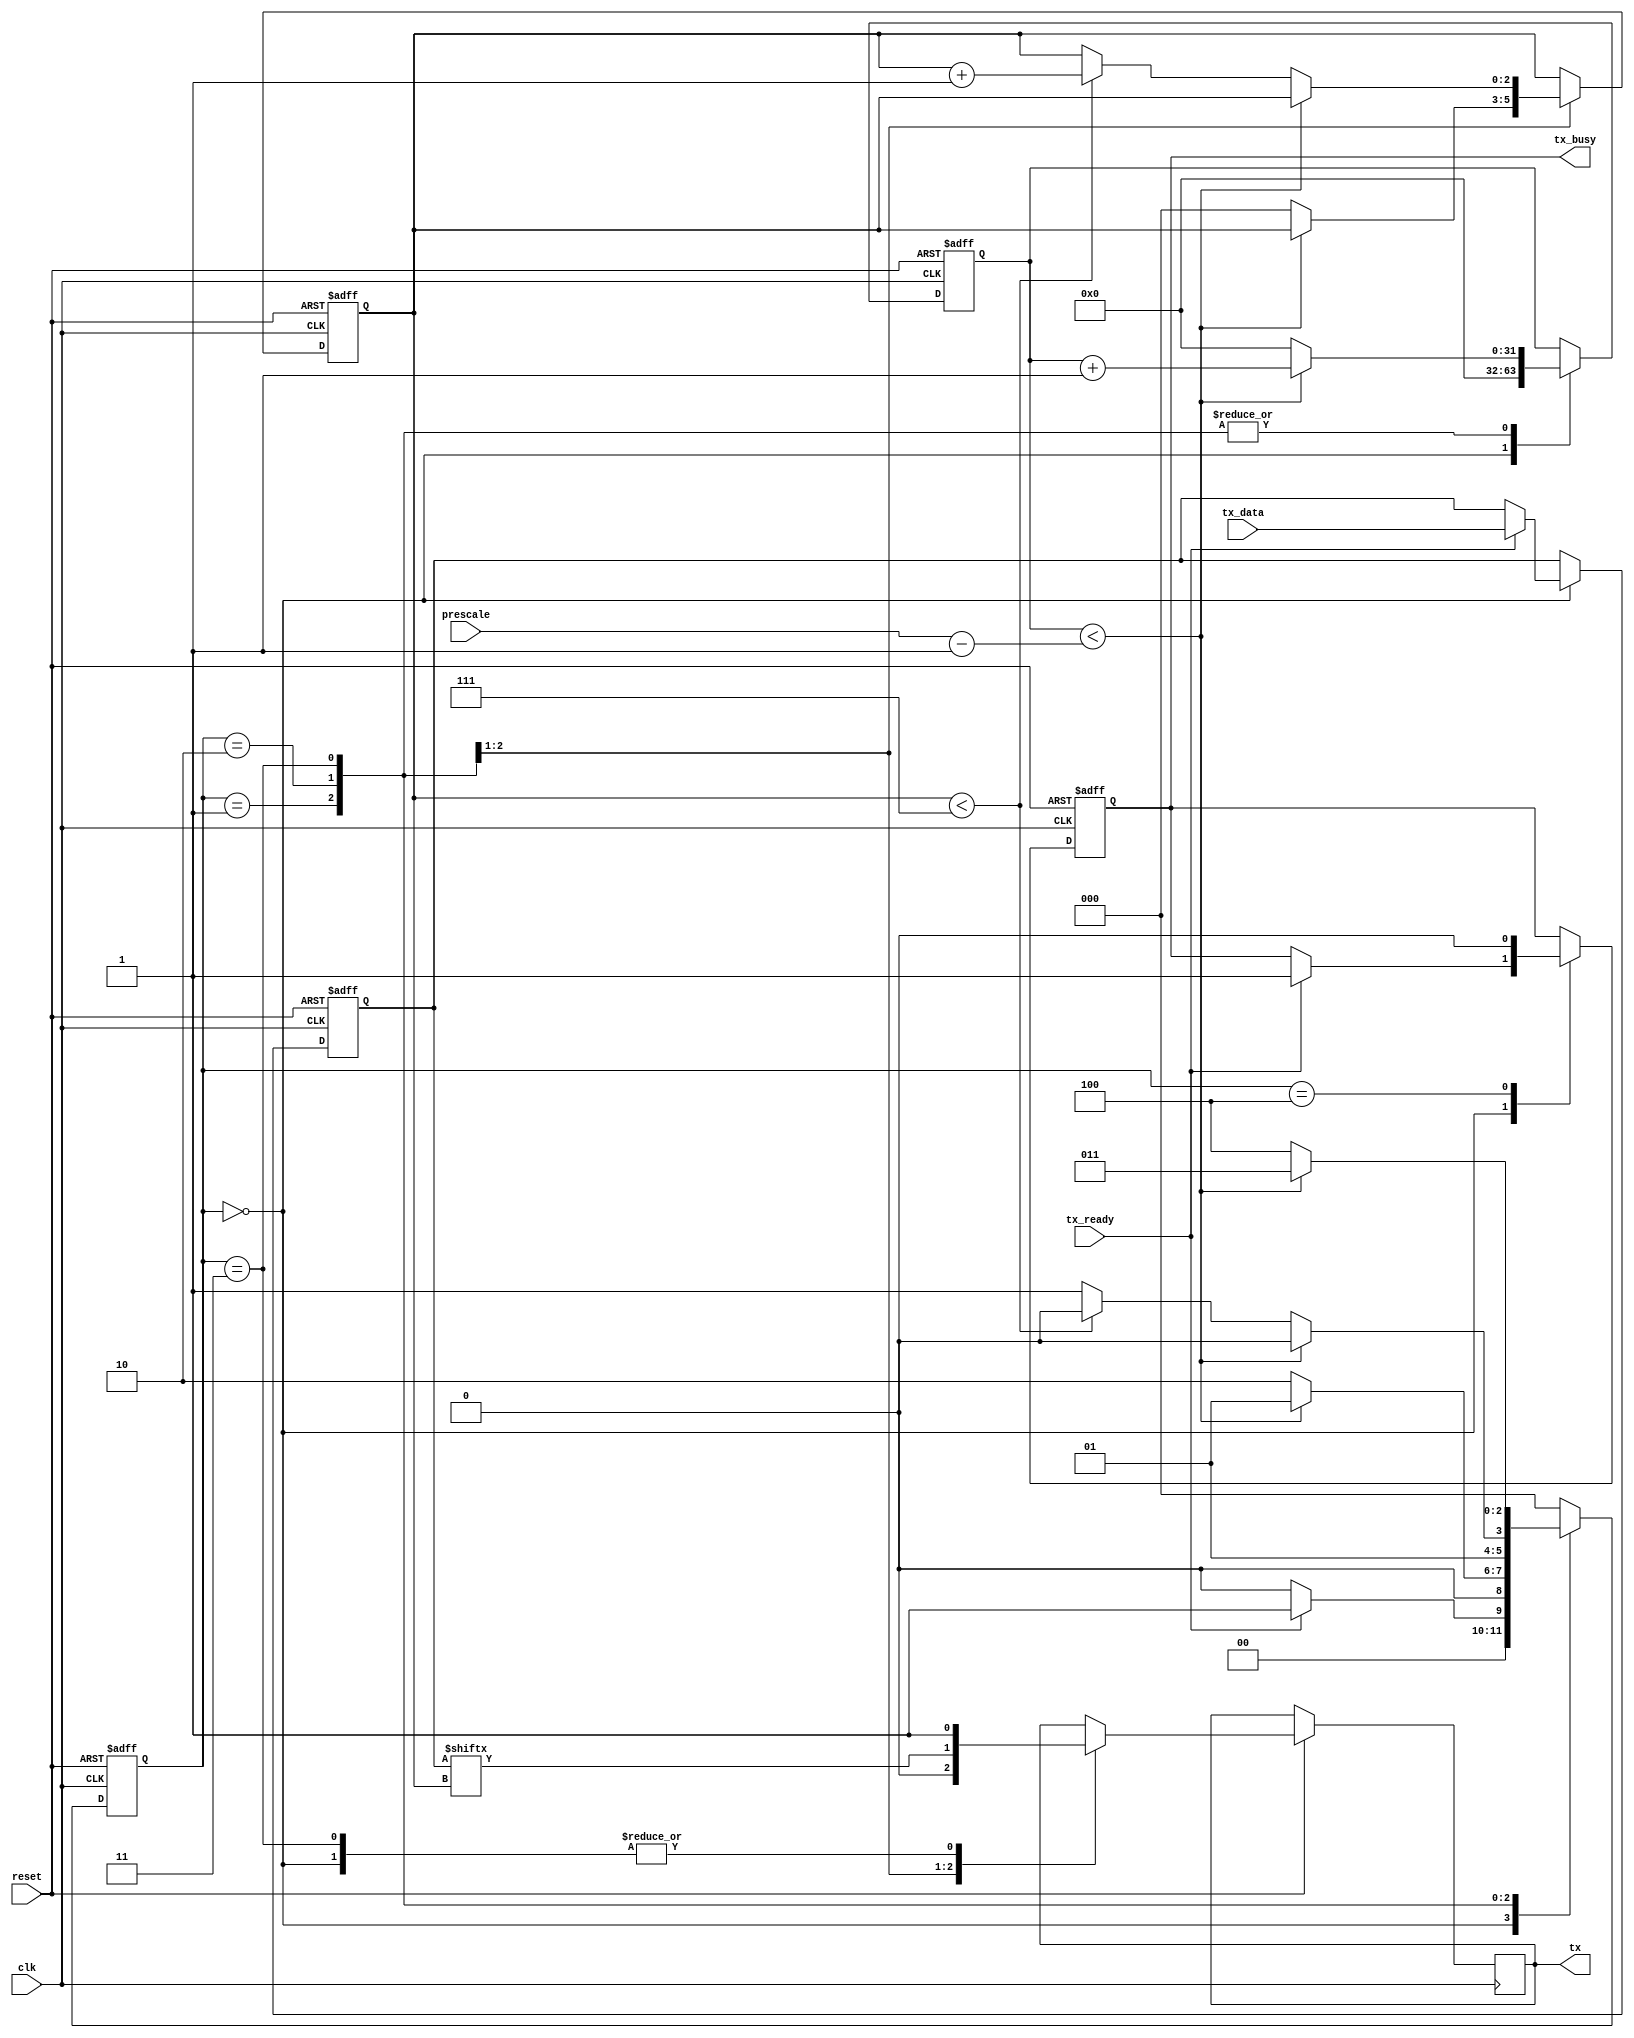
module uart_tx (
        input clk,
        input reset,
        input [31:0] prescale,

        input tx_ready,
        input [7:0] tx_data,
        output reg tx,
        output reg tx_busy
    );

    localparam TX_IDLE = 0;
    localparam TX_START = 1;
    localparam TX_DATA = 2;
    localparam TX_STOP = 3;
    localparam TX_CLEAN = 4;

    reg [7:0] data;
    reg [2:0] state;
    reg [2:0] bit_count;
    reg [31:0] counter;
    always @(posedge clk or negedge reset) begin
        if (!reset) begin
            state <= TX_IDLE;
            bit_count <= 0;
            counter <= 0;
            data <= 0;
            tx_busy <= 1'b0;
        end else begin
            case(state)
                TX_IDLE: begin
                    tx <= 1'b1;
                    counter <= 0;
                    if(tx_ready) begin
                        data <= tx_data;
                        tx_busy <= 1'b1;
                        state <= TX_START;
                    end else begin
                        state <= TX_IDLE;
                    end
                end
                TX_START: begin
                    tx <= 1'b0;
                    if (counter < prescale-1) begin
                        counter <= counter + 1;
                        state <= TX_START;
                    end else begin
                        bit_count <= 0;
                        counter <= 0;
                        state <= TX_DATA;
                    end
                end
                TX_DATA: begin
                    tx <= data[bit_count];
                    if (counter < prescale-1) begin
                        counter <= counter + 1;
                        state <= TX_DATA;
                    end else begin
                        counter <= 0;
                        if (bit_count<7) begin
                            bit_count <= bit_count + 1;
                            state <= TX_DATA;
                        end else begin
                            state <= TX_STOP;
                        end
                    end
                end
                TX_STOP: begin
                    tx <= 1'b1;
                    if (counter < prescale-1) begin
                        counter <= counter + 1;
                        state <= TX_STOP;
                    end else begin
                        counter <= 0;
                        state <= TX_CLEAN;
                    end
                end
                TX_CLEAN: begin
                    tx_busy <= 1'b0;
                    state <= TX_IDLE;
                end
                default: begin
                    state <= TX_IDLE;
                end
            endcase
        end
    end
endmodule

module uart_rx (
        input clk,
        input reset,
        input [31:0] prescale,

        input rx,
        output reg [7:0] rx_data,
        output reg rx_busy,
        output reg rx_error,
        output reg rx_ready
    );

    localparam RX_IDLE = 0;
    localparam RX_START = 1;
    localparam RX_DATA = 2;
    localparam RX_STOP = 3;
    localparam RX_CLEAN = 4;

    reg sync;
    reg rxd;
    always @(posedge clk or negedge reset) begin
        if (!reset) begin
            sync<=1;
            rxd<=1;
        end else begin
            sync <= rx;
            rxd <= sync;
        end
    end

    reg [7:0] data;
    reg [2:0] state;
    reg [2:0] bit_count;
    reg [31:0] counter;
    always @(posedge clk or negedge reset) begin
        if (!reset) begin
            state <= RX_IDLE;
            bit_count <= 0;
            counter <= 0;
            data <= 0;
            rx_busy <= 0;
            rx_error <= 3'b000;
            rx_ready <= 0;
            rx_data <= 0;
        end else begin
            case(state)
                RX_IDLE: begin
                    if(rxd == 1'b0) begin
                        counter <= 0;
                        rx_busy <= 1'b1;
                        state <= RX_START;
                    end else begin
                        rx_busy <= 1'b0;
                    end
                end
                RX_START: begin
                    if (counter < (prescale-1>>1)) begin
                        counter <= counter + 1;
                        state <= RX_START;
                    end else begin
                        if (rxd == 1'b0) begin
                            counter <= 0;
                            bit_count <= 0;
                            data <= 0;
                            state <= RX_DATA;
                        end else begin
                            state <= RX_IDLE;
                            rx_error <= 1'b1;
                        end
                    end
                end
                RX_DATA: begin
                    if (counter < prescale-1) begin
                        counter <= counter + 1;
                        state <= RX_DATA;
                    end else begin
                        data[bit_count] <= rxd;
                        counter <= 0;
                        if (bit_count < 7) begin
                            bit_count <= bit_count + 1;
                            state <= RX_DATA;
                        end else begin
                            bit_count <= 0;
                            state <= RX_STOP;
                        end
                    end
                end
                RX_STOP: begin
                    if (counter < prescale-1) begin
                        counter <= counter + 1;
                        state <= RX_STOP;
                    end else begin
                        rx_data <= data;
                        rx_ready <= 1'b1;
                        counter <= 0;
                        state <= RX_CLEAN;
                    end
                end
                RX_CLEAN: begin
                    rx_busy <= 1'b0;
                    rx_ready <= 1'b0;
                    rx_error <= 1'b0;
                    state <= RX_IDLE;
                end
                default: begin
                    state <= RX_IDLE;
                end
            endcase
        end
    end
endmodule